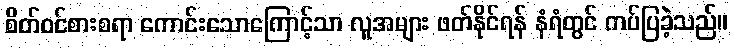
စိတ်ဝင်စားစရာ ကောင်းသောကြောင့်သာ လူအများ ဖတ်နိုင်ရန် နံရံတွင် ကပ်ပြခဲ့သည်။